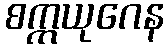
စက္ကယုဂေန